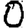
Digit: 0